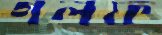
গলফ